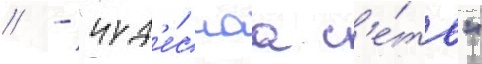
// - "чуд'е́снаа с'е́ть"